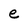
Character: e